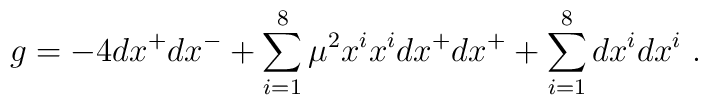
g = -4 d x^+ d x^- + \sum_{i=1}^8 \mu^2 x^i x^i dx^+ dx^+   + \sum_{i=1}^8 d x^i dx^i ~.